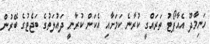
ހަނިމާދޫ އެއާޕޯޓު ތަރައްގީ ކުރާނެ ކަމަށާއި އެކަން ކުރާނީ ދައުލަތުގެ ބަޖެޓުގެ ބޭރުން